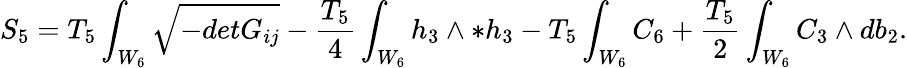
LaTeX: S_{5}=T_{5}\int_{W_{6}}\sqrt{-detG_{ij}}-{\frac{T_{5}}{4}}\int_{W_{6}}h_{3}\wedge*h_{3}-T_{5}\int_{W_{6}}C_{6}+{\frac{T_{5}}{2}}\int_{W_{6}}C_{3}\wedge db_{2}.